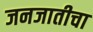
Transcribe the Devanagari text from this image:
जनजातीचा